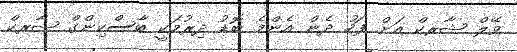
ވޭލް ޝާރކް އަށް ފަހު ދެން އެންމެ ބޮޑު ދިރުމަކީ ބާސްކިންގް ޝާރކް